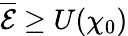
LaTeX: \overline{{\cal E}}\geq U(\chi_{0})